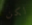
لكن